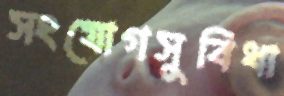
সংযোগসুবিধা